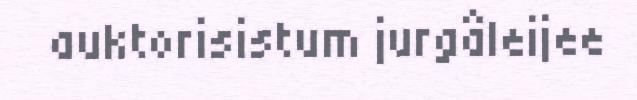
auktorisistum jurgâleijee